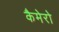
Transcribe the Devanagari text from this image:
कैमेरो